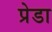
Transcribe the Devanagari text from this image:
प्रेडा